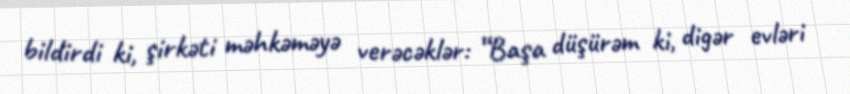
bildirdi ki, şirkəti məhkəməyə verəcəklər: “Başa düşürəm ki, digər evləri